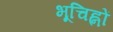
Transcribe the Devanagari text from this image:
भूचिह्नों